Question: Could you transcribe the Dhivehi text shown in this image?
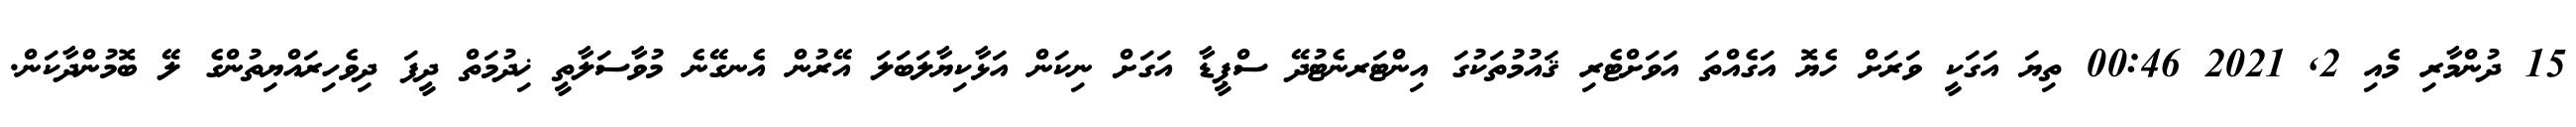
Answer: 15 ދުންމާރި މެއި 2, 2021 00:46 ތިޔަ އަގަކީ ވަރަށް ހެޔޮ އަގެއްތަ އަވަށްޓެރި ޤައުމުތަކުގަ އިންޓަރނެޓުދޭ ސްޕީޑާ އަގަށް ނިކަން އަޅާކިޔާލަބަލަ އޭރުން އެނގޭނެ މުވާސަލާތީ ޚިދުމަތް ދީފަ ދިވެހިރައްޔިތުންގެ ލޭ ބޮމުންދާކަން.